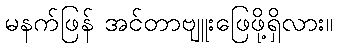
မနက်ဖြန် အင်တာဗျူးဖြေဖို့ရှိလား။